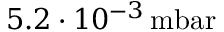
5 . 2 \cdot 1 0 ^ { - 3 } \, \mathrm { m b a r }